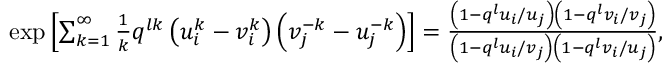
\begin{array} { r } { \exp \left[ \sum _ { k = 1 } ^ { \infty } \frac { 1 } { k } q ^ { l k } \left( u _ { i } ^ { k } - v _ { i } ^ { k } \right) \left( v _ { j } ^ { - k } - u _ { j } ^ { - k } \right) \right] = \frac { \left( 1 - q ^ { l } u _ { i } / u _ { j } \right) \left( 1 - q ^ { l } v _ { i } / v _ { j } \right) } { \left( 1 - q ^ { l } u _ { i } / v _ { j } \right) \left( 1 - q ^ { l } v _ { i } / u _ { j } \right) } , } \end{array}